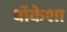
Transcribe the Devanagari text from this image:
वॉकेशा